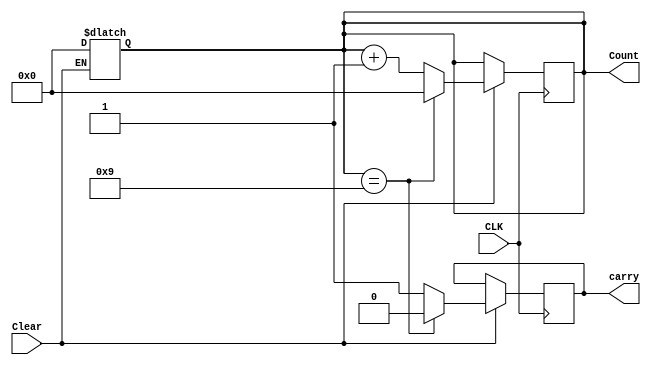
`timescale 1ns/100ps

module BCDCounter(
  input CLK,
  output reg [3:0] Count,
  input Clear,
  output reg carry);
	always @(Clear)
 	if (Clear == 0)
   		Count = 4'b0000;
  	always @(negedge CLK)
      if (Clear == 1) begin
        if(Count == 9) begin
          Count= 1'b0;
          carry = 1'b0;
        end
        else begin
          Count= Count+1;
          carry = 1'b1;
        end
      end


endmodule